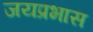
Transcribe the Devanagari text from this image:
जयप्रभास